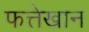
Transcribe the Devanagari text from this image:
फत्तेखान